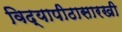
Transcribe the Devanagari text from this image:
विद्यापीठासारखी